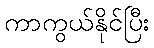
ကာကွယ်နိုင်ပြီး